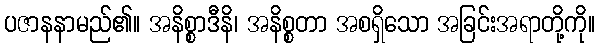
ပဇာနနာမည်၏။ အနိစ္စာဒီနိ၊ အနိစ္စတာ အစရှိသော အခြင်းအရာတို့ကို။